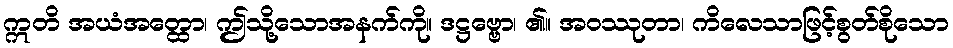
ဣတိ အယံအတ္ထော၊ ဤသို့သောအနက်ကို။ ဒဋ္ဌဗ္ဗော၊ ၏။ အဝဿုတာ၊ ကိလေသာဖြင့်စွတ်စိုသော